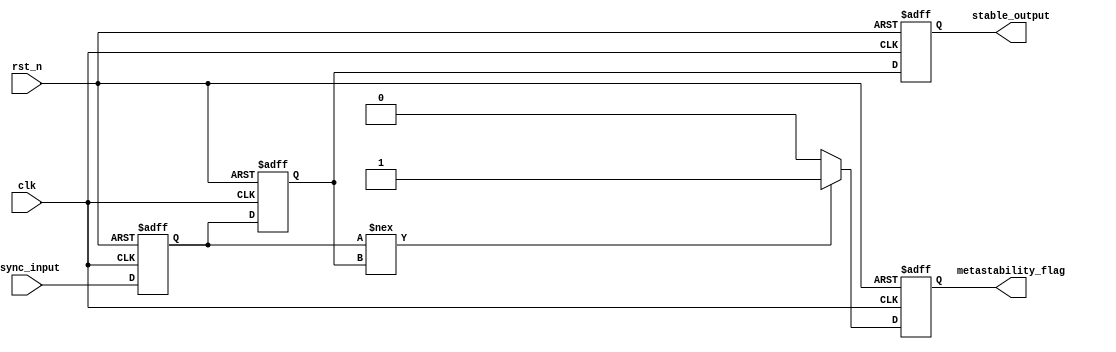
module metastability_detector #(
    parameter WIDTH = 1 // Width of the input signal
) (
    input wire clk,              // Clock signal
    input wire rst_n,            // Asynchronous active-low reset
    input wire [WIDTH-1:0] async_input, // Asynchronous input signal
    output reg [WIDTH-1:0] stable_output, // Stabilized output signal
    output reg metastability_flag // Metastability indicator flag
);

    // Internal signals for latch stages
    reg [WIDTH-1:0] latch1;
    reg [WIDTH-1:0] latch2;

    // Process: Sampling the asynchronous input on rising clock edge
    always @(posedge clk or negedge rst_n) begin
        if (~rst_n) begin
            latch1 <= 0;
            latch2 <= 0;
            stable_output <= 0;
            metastability_flag <= 1'b0; // Reset flag
        end else begin
            latch1 <= async_input; // Sample the asynchronous signal
            latch2 <= latch1;      // Sample the output of latch1
            
            // Check for metastability: if latch1 changes while sampling
            if (latch1 !== latch2) begin
                metastability_flag <= 1'b1; // Indicate potential metastability
            end else begin
                metastability_flag <= 1'b0; // No metastability detected
            end
            
            // Update the stable output
            stable_output <= latch2; // Final stable output
        end
    end

endmodule